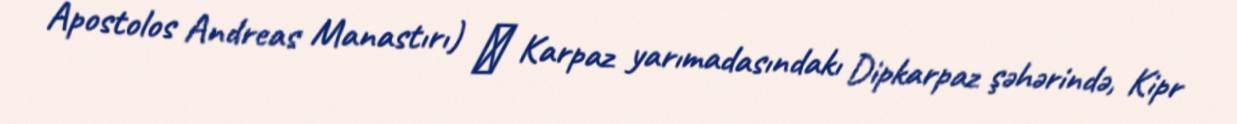
Apostolos Andreas Manastırı) ― Karpaz yarımadasındakı Dipkarpaz şəhərində, Kipr